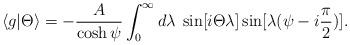
LaTeX: \begin{align*} \langle g |\Theta \rangle =- \frac{A}{\cosh \psi} \int_0^\infty d\lambda \; \sin[i \Theta \lambda] \sin[ \lambda (\psi - i {\pi \over 2})].\end{align*}